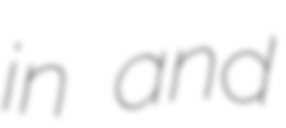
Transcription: in and